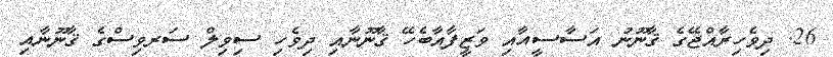
26. ދިވެހިރާއްޖޭގެ ޤާނޫނު އަސާސީއާއި ވަޒީފާއާބެހޭ ޤާނޫނާއި ދިވެހި ސިވިލް ސަރވިސްގެ ޤާނޫނާއި